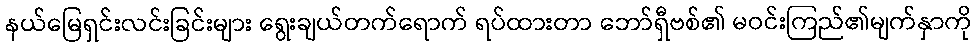
နယ်မြေရှင်းလင်းခြင်းများ ရွေးချယ်တက်ရောက် ရပ်ထားတာ ဘော်ရှီဗစ်၏ မဝင်းကြည်၏မျက်နှာကို